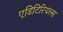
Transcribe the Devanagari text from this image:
एडिटिरियल्स